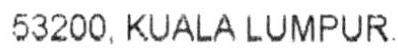
53200. KUALA LUMPUR.